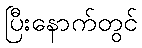
ပြီးနောက်တွင်